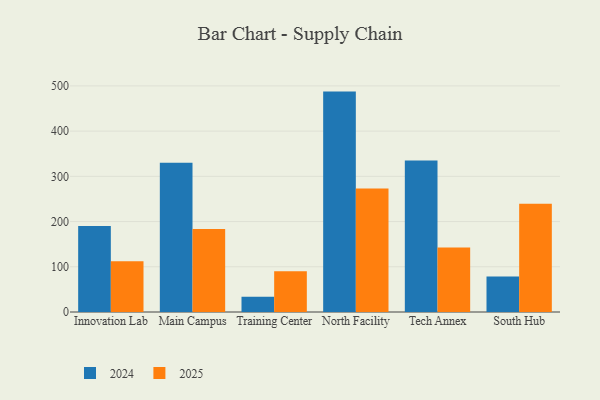
{"axis": {"x": "Campus", "y": "Backlog"}, "legend": ["2024", "2025"], "data": [{"x": "Innovation Lab", "y": 190.0, "type": "2024"}, {"x": "Innovation Lab", "y": 112.2, "type": "2025"}, {"x": "Main Campus", "y": 330.1, "type": "2024"}, {"x": "Main Campus", "y": 183.8, "type": "2025"}, {"x": "Training Center", "y": 34.0, "type": "2024"}, {"x": "Training Center", "y": 90.2, "type": "2025"}, {"x": "North Facility", "y": 487.4, "type": "2024"}, {"x": "North Facility", "y": 273.2, "type": "2025"}, {"x": "Tech Annex", "y": 334.8, "type": "2024"}, {"x": "Tech Annex", "y": 142.5, "type": "2025"}, {"x": "South Hub", "y": 78.3, "type": "2024"}, {"x": "South Hub", "y": 239.5, "type": "2025"}]}